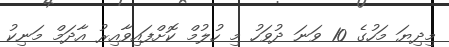
މިދިޔަ މަހުގެ 10 ވަނަ ދުވަހު މި ހުލުމް ކޮށްފައިވާއިރު އާދަމް މަނިކު